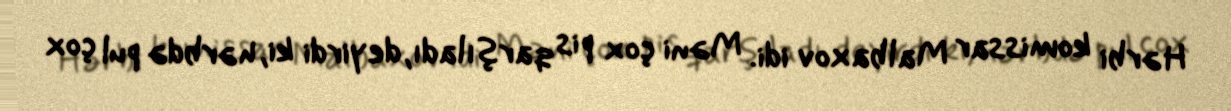
Hərbi komissar Malbaxov idi. Məni çox pis qarşıladı, deyirdi ki, hərbdə pul çox